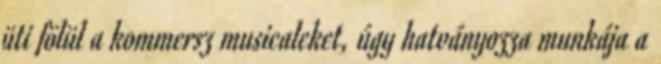
üti fölül a kommersz musicaleket, úgy hatványozza munkája a